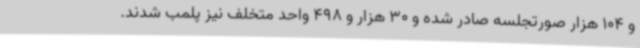
و 104 هزار صورتجلسه صادر شده و 30 هزار و 498 واحد متخلف نیز پلمب شدند.